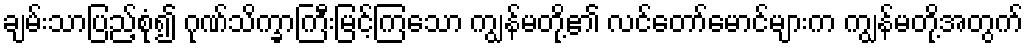
ချမ်းသာပြည့်စုံ၍ ဂုဏ်သိက္ခာကြီးမြင့်ကြသော ကျွန်မတို့၏ လင်တော်မောင်များက ကျွန်မတို့အတွက်